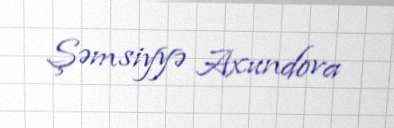
Şəmsiyyə Axundova